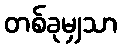
တစ်ခုမျှသာ